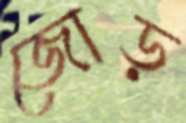
জোড়